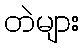
တဲများ